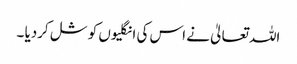
اللہ تعالیٰ نے اس کی انگلیوں کو شل کردیا ۔